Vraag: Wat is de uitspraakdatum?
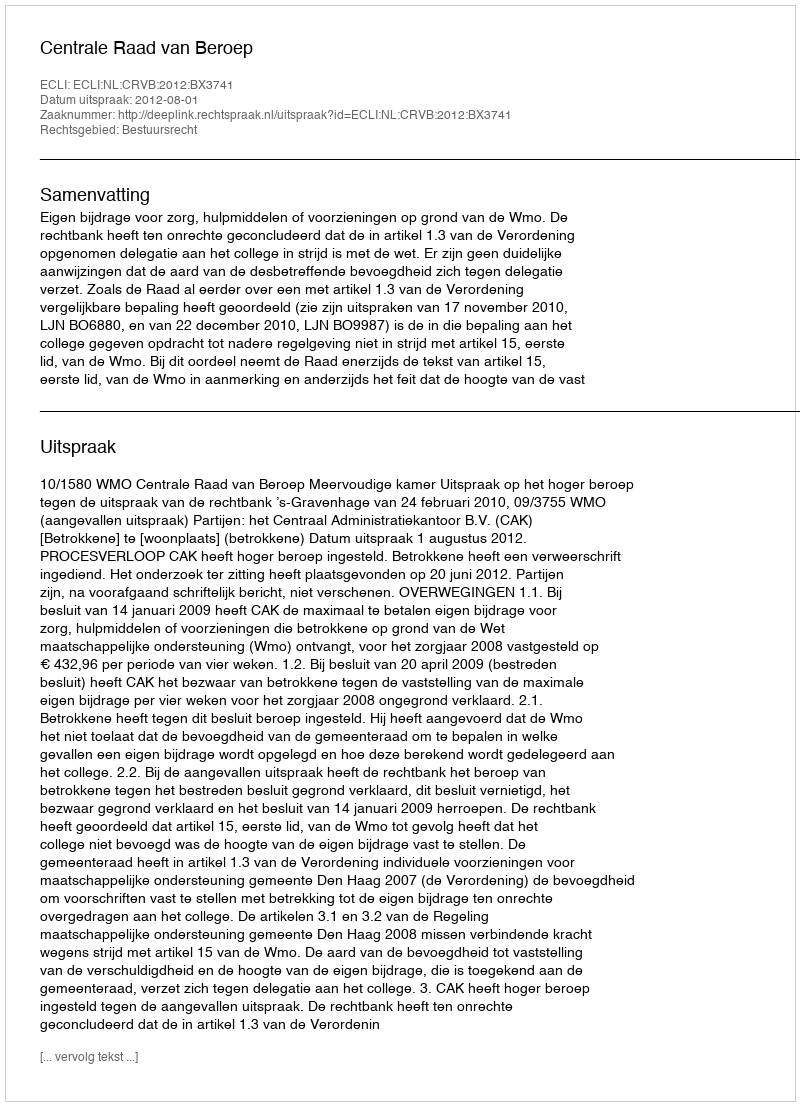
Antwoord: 2012-08-01